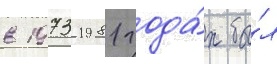
в 1973-1981 года́х бы́л